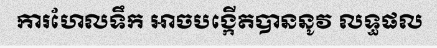
ការហែលទឹក អាចបង្កើតបាននូវ លទ្ធផល